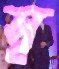
সূ